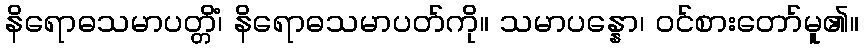
နိရောဓသမာပတ္တိံ၊ နိရောဓသမာပတ်ကို။ သမာပန္နော၊ ဝင်စားတော်မူ၏။